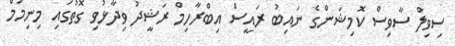
ސިވިލް ސާވިސް ކޮމިޝަންގެ ނައިބު ރައީސް އިބްރާހިމް ރަޝީދު ވިދާޅުވި ގޮތުގައި މިނިމަމް